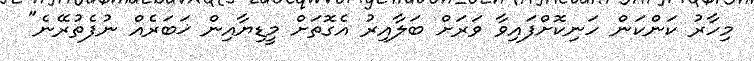
މިހާރު ކަންކަން ހަނިކޮށްފައިވާ ވަރަށް ބަލާއިރު އެގޮތަށް މީޑިޔާއިން ޚަބަރެއް ނުފެތުރޭނެ"